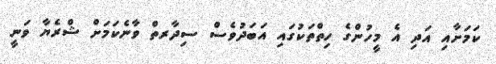
ކަމަށާއި އަދި އެ މީހުންގެ ހިތްތަކުގައި އަބަދުވެސް ސިދާރތް ވާނެކަމަށް ޝްރެޔާ ވަނީ